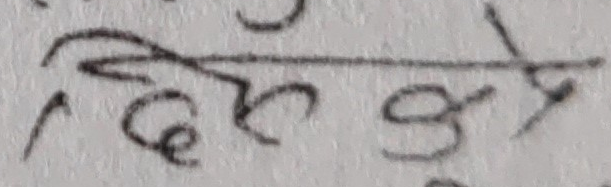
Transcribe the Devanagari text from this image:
तिर्नुपर्ने